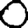
Digit: 0